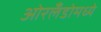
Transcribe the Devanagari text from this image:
ओरलँडोमध्ये